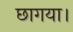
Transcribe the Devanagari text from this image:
छागया।